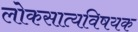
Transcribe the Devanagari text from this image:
लोकसात्यविषयक